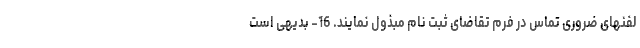
لفنهای ضروری تماس در فرم تقاضای ثبت نام مبذول نمایند. 16- بدیهی است